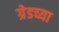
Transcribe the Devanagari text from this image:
ग्रेडच्या